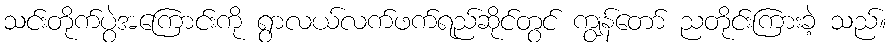
သင်းတိုက်ပွဲအကြောင်းကို ရွာလယ်လက်ဖက်ရည်ဆိုင်တွင် ကျွန်တော် ညတိုင်းကြားခဲ့ သည်။